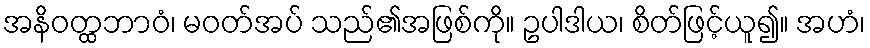
အနိဝတ္ထဘာဝံ၊ မဝတ်အပ် သည်၏အဖြစ်ကို။ ဥပါဒါယ၊ စိတ်ဖြင့်ယူ၍။ အဟံ၊